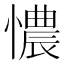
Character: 憹